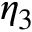
\eta _ { 3 }